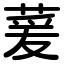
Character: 萲